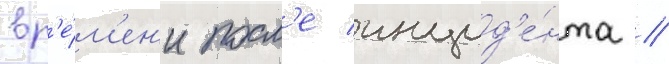
вр'е́м'ен'и посл'е инцид'е́нта //